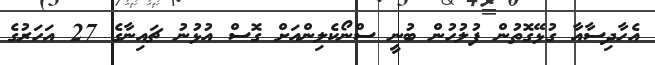
އެހާދިސާއާ ގުޅޭގޮތުން ފުލުހުން ބުނީ ސްނޯކެލިންއަށް ގޮސް އުޅުނު ޗައިނާގެ 27 އަހަރުގެ